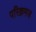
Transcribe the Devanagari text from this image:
परिक्रमज